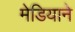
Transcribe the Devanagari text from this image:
मेडियाने